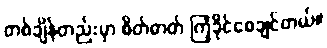
တစ်ချိန်တည်းမှာ စိတ်ဓာတ် ကြံ့ခိုင်စေချင်တယ်။